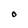
Character: o